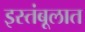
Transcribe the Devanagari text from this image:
इस्तंबूलात